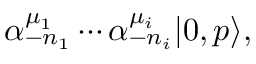
\alpha _ { - n _ { 1 } } ^ { \mu _ { 1 } } \cdots \alpha _ { - n _ { i } } ^ { \mu _ { i } } | 0 , p \rangle ,